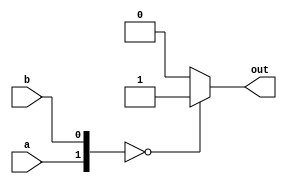
`timescale 1ns/1ns

//
// Expected truth table:
// 
//   a b | out
//   0 0 |  1
//   0 1 |  0
//   1 0 |  0
//   1 1 |  x       <- don't care
//

module good_example(
    a,
    b,
    out
    );

input a;
input b;
output reg out;

always @(a, b) begin
    if ({a, b} == 2'b00) begin
        out = 1'b1;
    end else if ({a, b} == 2'b01) begin
        out = 1'b0;
    end else if ({a, b} == 2'b10) begin
        out = 1'b0;
    end else begin
        out = 1'b0;
    end
end

endmodule